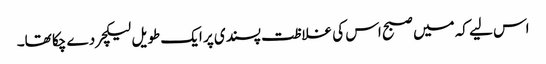
اس لیے کہ میں صبح اس کی غلاظت پسندی پر ایک طویل لیکچر دے چکا تھا۔